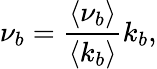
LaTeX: \nu_{b}=\frac{\langle\nu_{b}\rangle}{\langle k_{b}\rangle}k_{b},